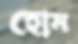
হোম